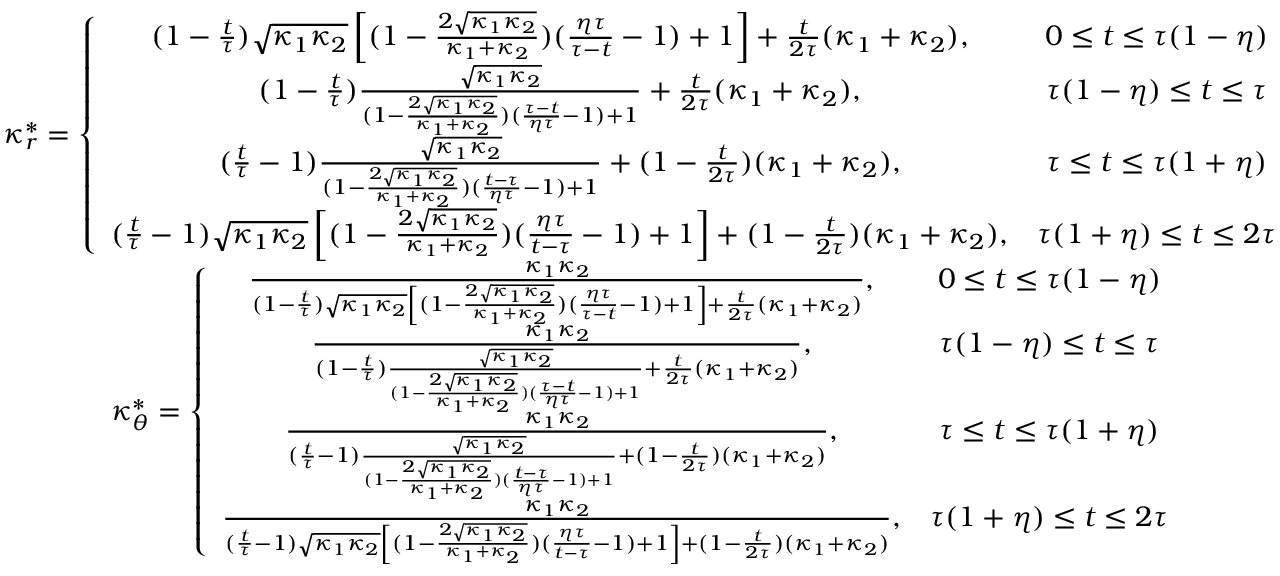
\begin{array} { c c } { \kappa _ { r } ^ { * } = \left\lbrace \begin{array} { c c } { ( 1 - \frac { t } { \tau } ) \sqrt { \kappa _ { 1 } \kappa _ { 2 } } \left[ ( 1 - \frac { 2 \sqrt { \kappa _ { 1 } \kappa _ { 2 } } } { \kappa _ { 1 } + \kappa _ { 2 } } ) ( \frac { \eta \tau } { \tau - t } - 1 ) + 1 \right] + \frac { t } { 2 \tau } ( \kappa _ { 1 } + \kappa _ { 2 } ) , } & { 0 \le t \le \tau ( 1 - \eta ) } \\ { ( 1 - \frac { t } { \tau } ) \frac { \sqrt { \kappa _ { 1 } \kappa _ { 2 } } } { ( 1 - \frac { 2 \sqrt { \kappa _ { 1 } \kappa _ { 2 } } } { \kappa _ { 1 } + \kappa _ { 2 } } ) ( \frac { \tau - t } { \eta \tau } - 1 ) + 1 } + \frac { t } { 2 \tau } ( \kappa _ { 1 } + \kappa _ { 2 } ) , } & { \tau ( 1 - \eta ) \le t \le \tau } \\ { ( \frac { t } { \tau } - 1 ) \frac { \sqrt { \kappa _ { 1 } \kappa _ { 2 } } } { ( 1 - \frac { 2 \sqrt { \kappa _ { 1 } \kappa _ { 2 } } } { \kappa _ { 1 } + \kappa _ { 2 } } ) ( \frac { t - \tau } { \eta \tau } - 1 ) + 1 } + ( 1 - \frac { t } { 2 \tau } ) ( \kappa _ { 1 } + \kappa _ { 2 } ) , } & { \tau \le t \le \tau ( 1 + \eta ) } \\ { ( \frac { t } { \tau } - 1 ) \sqrt { \kappa _ { 1 } \kappa _ { 2 } } \left[ ( 1 - \frac { 2 \sqrt { \kappa _ { 1 } \kappa _ { 2 } } } { \kappa _ { 1 } + \kappa _ { 2 } } ) ( \frac { \eta \tau } { t - \tau } - 1 ) + 1 \right] + ( 1 - \frac { t } { 2 \tau } ) ( \kappa _ { 1 } + \kappa _ { 2 } ) , } & { \tau ( 1 + \eta ) \le t \le 2 \tau } \end{array} \right. } \\ { \kappa _ { \theta } ^ { * } = \left\lbrace \begin{array} { c c } { \frac { \kappa _ { 1 } \kappa _ { 2 } } { ( 1 - \frac { t } { \tau } ) \sqrt { \kappa _ { 1 } \kappa _ { 2 } } \left[ ( 1 - \frac { 2 \sqrt { \kappa _ { 1 } \kappa _ { 2 } } } { \kappa _ { 1 } + \kappa _ { 2 } } ) ( \frac { \eta \tau } { \tau - t } - 1 ) + 1 \right] + \frac { t } { 2 \tau } ( \kappa _ { 1 } + \kappa _ { 2 } ) } , } & { 0 \le t \le \tau ( 1 - \eta ) } \\ { \frac { \kappa _ { 1 } \kappa _ { 2 } } { ( 1 - \frac { t } { \tau } ) \frac { \sqrt { \kappa _ { 1 } \kappa _ { 2 } } } { ( 1 - \frac { 2 \sqrt { \kappa _ { 1 } \kappa _ { 2 } } } { \kappa _ { 1 } + \kappa _ { 2 } } ) ( \frac { \tau - t } { \eta \tau } - 1 ) + 1 } + \frac { t } { 2 \tau } ( \kappa _ { 1 } + \kappa _ { 2 } ) } , } & { \tau ( 1 - \eta ) \le t \le \tau } \\ { \frac { \kappa _ { 1 } \kappa _ { 2 } } { ( \frac { t } { \tau } - 1 ) \frac { \sqrt { \kappa _ { 1 } \kappa _ { 2 } } } { ( 1 - \frac { 2 \sqrt { \kappa _ { 1 } \kappa _ { 2 } } } { \kappa _ { 1 } + \kappa _ { 2 } } ) ( \frac { t - \tau } { \eta \tau } - 1 ) + 1 } + ( 1 - \frac { t } { 2 \tau } ) ( \kappa _ { 1 } + \kappa _ { 2 } ) } , } & { \tau \le t \le \tau ( 1 + \eta ) } \\ { \frac { \kappa _ { 1 } \kappa _ { 2 } } { ( \frac { t } { \tau } - 1 ) \sqrt { \kappa _ { 1 } \kappa _ { 2 } } \left[ ( 1 - \frac { 2 \sqrt { \kappa _ { 1 } \kappa _ { 2 } } } { \kappa _ { 1 } + \kappa _ { 2 } } ) ( \frac { \eta \tau } { t - \tau } - 1 ) + 1 \right] + ( 1 - \frac { t } { 2 \tau } ) ( \kappa _ { 1 } + \kappa _ { 2 } ) } , } & { \tau ( 1 + \eta ) \le t \le 2 \tau } \end{array} \right. } \end{array}